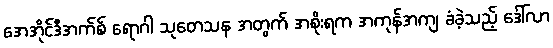
အေအိုင်ဒီအက်စ် ရောဂါ သုတေသန အတွက် အစိုးရက အကုန်အကျ ခံခဲ့သည့် ဒေါ်လာ